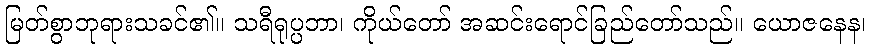
မြတ်စွာဘုရားသခင်၏။ သရီရုပ္ပဘာ၊ ကိုယ်တော် အဆင်းရောင်ခြည်တော်သည်။ ယောဇနေန၊